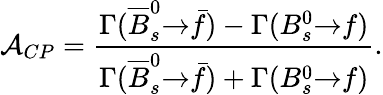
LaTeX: {\cal A}_{CP}=\frac{{\Gamma}({\overline{{{B}}}}_{s}^{0}{\to}\bar{f})-{\Gamma}(B_{s}^{0}{\to}f)}{{\Gamma}({\overline{{{B}}}}_{s}^{0}{\to}\bar{f})+{\Gamma}(B_{s}^{0}{\to}f)}.